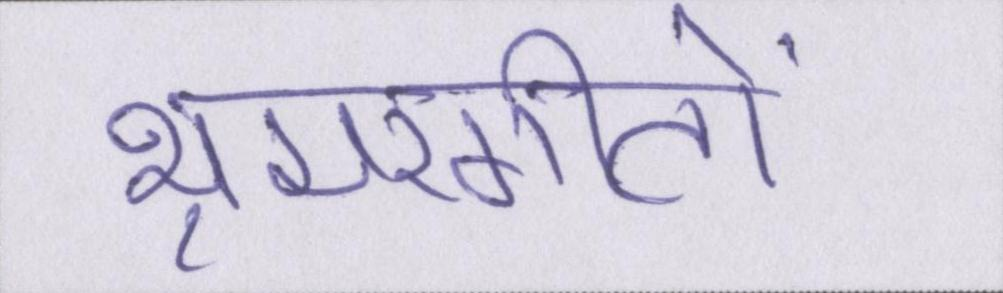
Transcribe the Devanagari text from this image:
भ्रमरगीतों